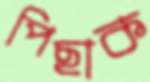
পিছাক